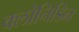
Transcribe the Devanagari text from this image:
क्लोनिडिन